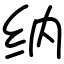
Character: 纳